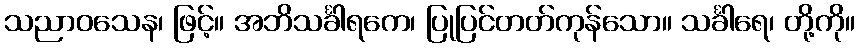
သညာဝသေန၊ ဖြင့်။ အဘိသင်္ခါရကေ၊ ပြုပြင်တတ်ကုန်သော။ သင်္ခါရေ၊ တို့ကို။